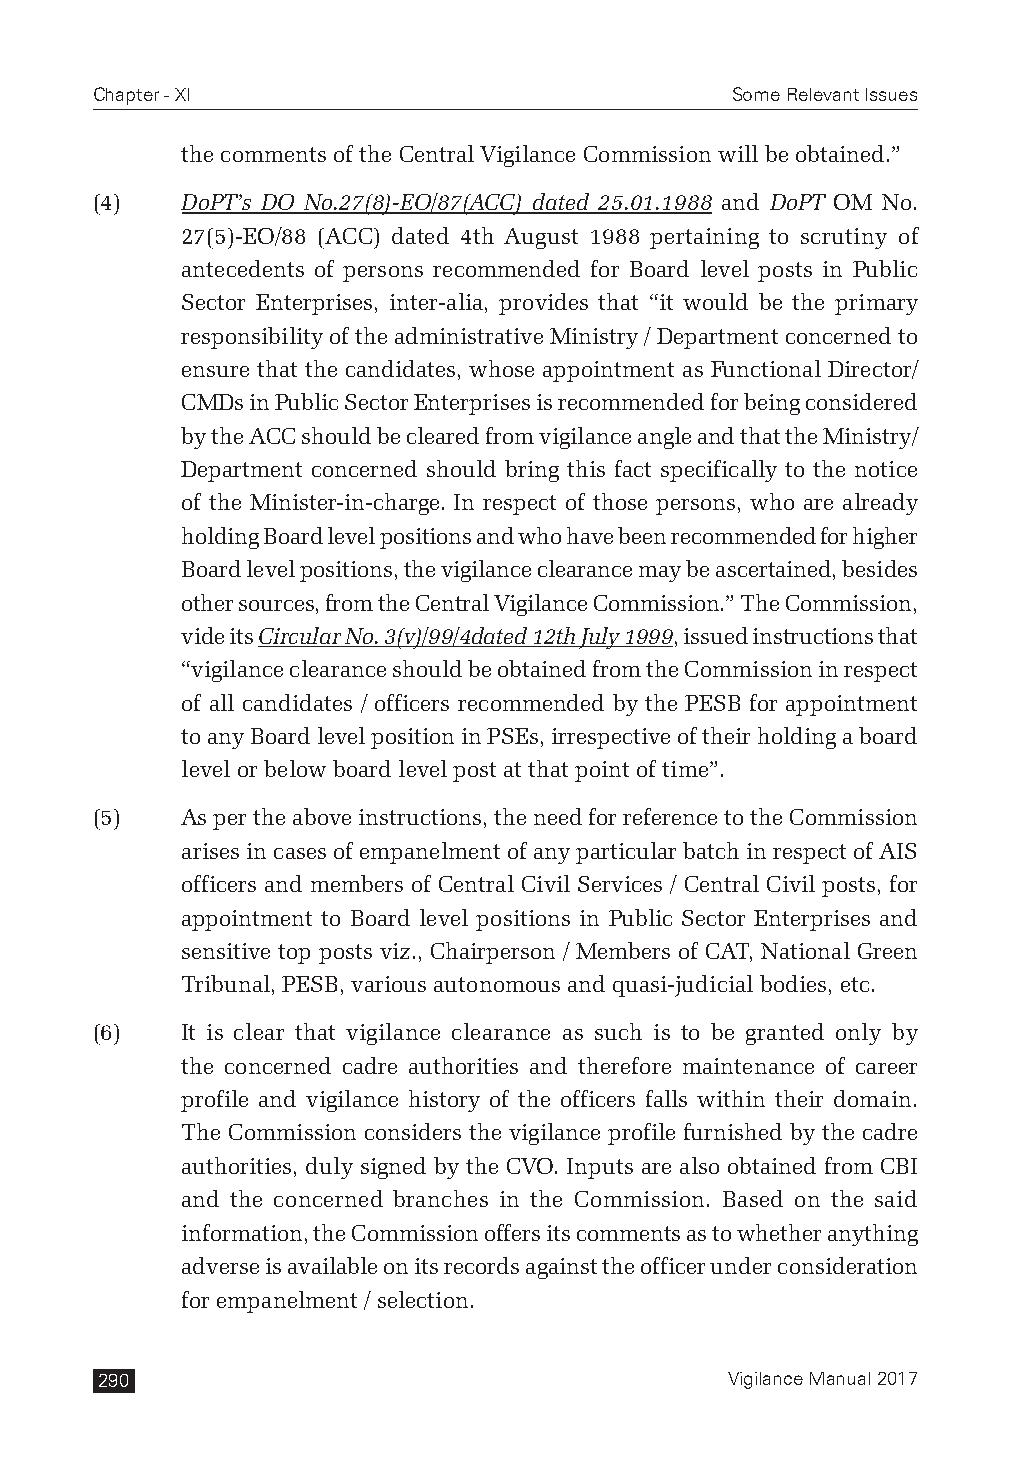
Chapter - XI                              Some Relevant Issues
 the comments of the Central Vigilance Commission will be obtained.”
 (4)   DoPT’s DO No.27(8)-EO/87(ACC) dated 25.01.1988 and DoPT OM No.
 27(5)-EO/88 (ACC) dated 4th August 1988 pertaining to scrutiny of
 antecedents of persons recommended for Board level posts in Public
 Sector Enterprises, inter-alia, provides that “it would be the primary
 responsibility of the administrative Ministry / Department concerned to
 ensure that the candidates, whose appointment as Functional Director/
 CMDs in Public Sector Enterprises is recommended for being considered
 by the ACC should be cleared from vigilance angle and that the Ministry/
 Department concerned should bring this fact specifically to the notice
 of the Minister-in-charge. In respect of those persons, who are already
 holding Board level positions and who have been recommended for higher
 Board level positions, the vigilance clearance may be ascertained, besides
 other sources, from the Central Vigilance Commission.” The Commission,
 vide its Circular No. 3(v)/99/4dated 12th July 1999, issued instructions that
 “vigilance clearance should be obtained from the Commission in respect
 of all candidates / officers recommended by the PESB for appointment
 to any Board level position in PSEs, irrespective of their holding a board
 level or below board level post at that point of time”.
 (5)   As per the above instructions, the need for reference to the Commission
 arises in cases of empanelment of any particular batch in respect of AIS
 officers and members of Central Civil Services / Central Civil posts, for
 appointment to Board level positions in Public Sector Enterprises and
 sensitive top posts viz., Chairperson / Members of CAT, National Green
 Tribunal, PESB, various autonomous and quasi-judicial bodies, etc.
 (6)   It is clear that vigilance clearance as such is to be granted only by
 the concerned cadre authorities and therefore maintenance of career
 profile and vigilance history of the officers falls within their domain.
 The Commission considers the vigilance profile furnished by the cadre
 authorities, duly signed by the CVO. Inputs are also obtained from CBI
 and the concerned branches in the Commission. Based on the said
 information, the Commission offers its comments as to whether anything
 adverse is available on its records against the officer under consideration
 for empanelment / selection.
 290                                       Vigilance Manual 2017